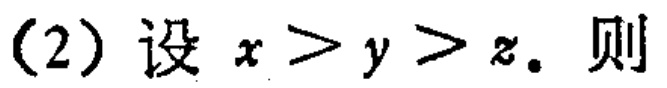
(2) 设 \(x > y > z\)。则